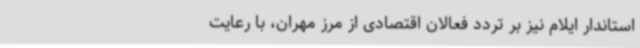
استاندار ایلام نیز بر تردد فعالان اقتصادی از مرز مهران، با رعایت